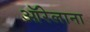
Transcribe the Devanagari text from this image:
ऑरेलाना